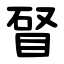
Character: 䀾